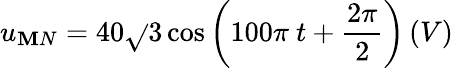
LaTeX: u_{\mathbf{M}N}=40\sqrt{}{3}\cos{\left(100\pi\ t+\frac{{2\pi}}{{2}}\right)}\left(V\right)